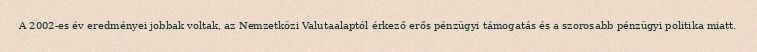
A 2002-es év eredményei jobbak voltak, az Nemzetközi Valutaalaptól érkező erős pénzügyi támogatás és a szorosabb pénzügyi politika miatt.